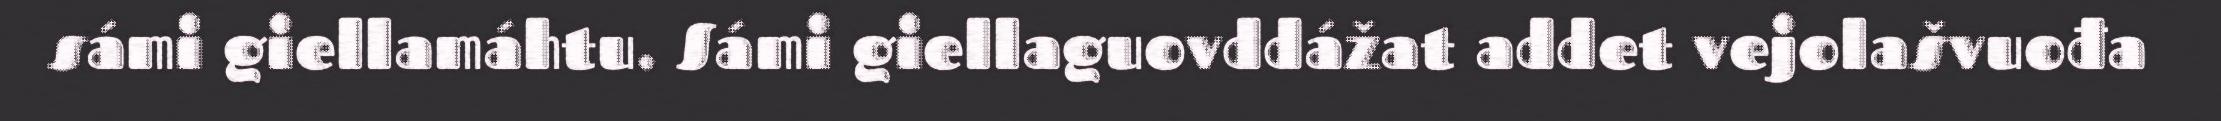
sámi giellamáhtu. Sámi giellaguovddážat addet vejolašvuođa